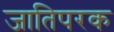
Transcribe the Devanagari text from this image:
जातिपरक